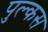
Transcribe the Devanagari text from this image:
पुल्कस